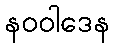
နဝဝါဒေန